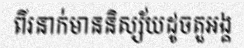
ពីរនាក់មាននិស្ស័យដូចតួអង្គ